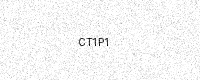
Text: CT1P1